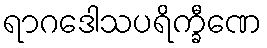
ရာဂဒေါသပရိက္ခီဏေ